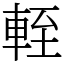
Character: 輊